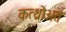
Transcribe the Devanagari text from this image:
कत्थ्रोअत